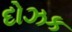
દોઝક